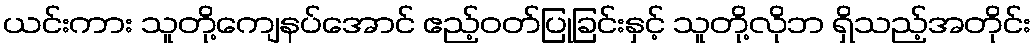
ယင်းကား သူတို့ကျေနပ်အောင် ဧည့်ဝတ်ပြုခြင်းနှင့် သူတို့လိုဘ ရှိသည့်အတိုင်း